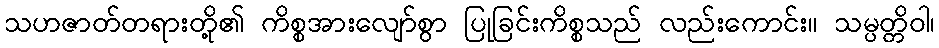
သဟဇာတ်တရားတို့၏ ကိစ္စအားလျော်စွာ ပြုခြင်းကိစ္စသည် လည်းကောင်း။ သမ္ပတ္တိဝါ၊